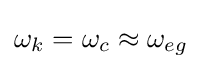
\omega _{k}=\omega _{c}\approx \omega _{eg}